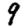
Digit: 9